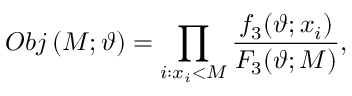
O b j \left( M ; \vartheta \right) = \prod _ { i : x _ { i } < M } \frac { f _ { 3 } ( \vartheta ; x _ { i } ) } { F _ { 3 } ( \vartheta ; M ) } ,